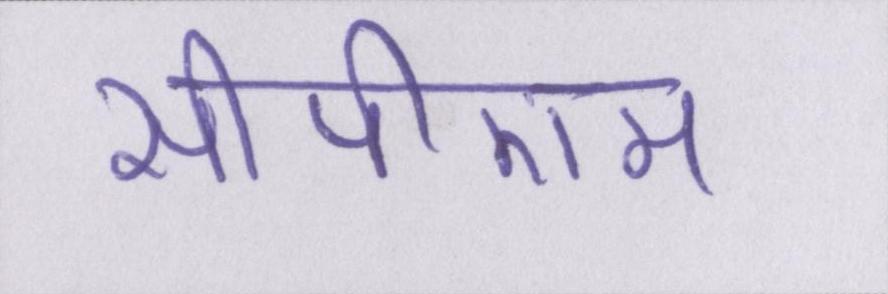
सीपीएम